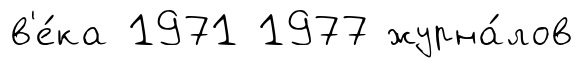
в'е́ка 1971 1977 журна́лов